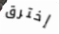
إخترق